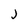
Character: j